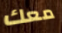
معك